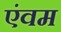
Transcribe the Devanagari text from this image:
एंवम